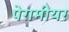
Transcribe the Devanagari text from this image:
पेरामीयर